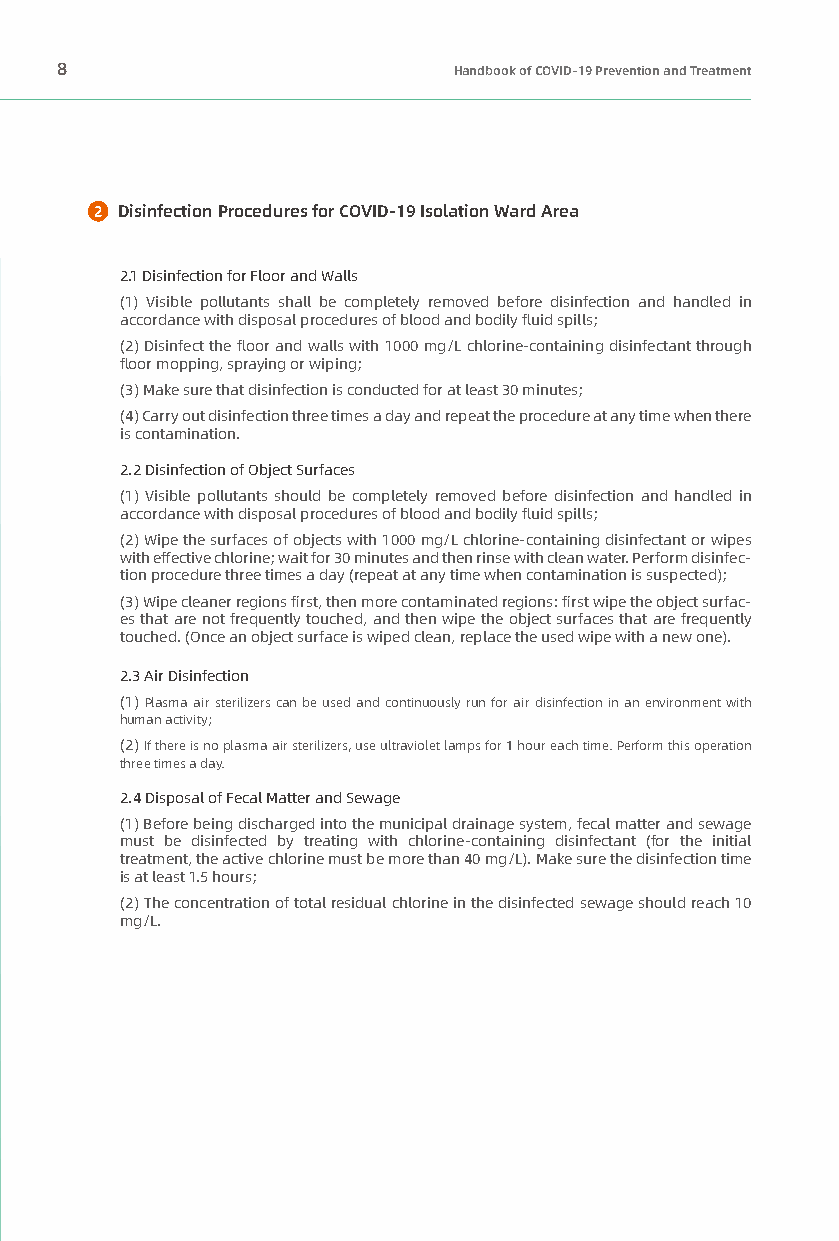
8                         Handbook of COVID-19 Prevention and Treatment
 Disinfection Procedures for COVID-19 Isolation Ward Area
 2.1 Disinfection for Floor and Walls
 (1) Visible pollutants shall be completely removed before disinfection and handled in
 accordance with disposal procedures of blood and bodily fluid spills;
 (2) Disinfect the floor and walls with 1000 mg/L chlorine-containing disinfectant through
 floor mopping, spraying or wiping;
 (3) Make sure that disinfection is conducted for at least 30 minutes;
 (4) Carry out disinfection three times a day and repeat the procedure at any time when there
 is contamination.
 2.2 Disinfection of Object Surfaces
 (1) Visible pollutants should be completely removed before disinfection and handled in
 accordance with disposal procedures of blood and bodily fluid spills;
 (2) Wipe the surfaces of objects with 1000 mg/L chlorine-containing disinfectant or wipes
 with effective chlorine; wait for 30 minutes and then rinse with clean water. Perform disinfec-
 tion procedure three times a day (repeat at any time when contamination is suspected);
 (3) Wipe cleaner regions first, then more contaminated regions: first wipe the object surfac-
 es that are not frequently touched, and then wipe the object surfaces that are frequently
 touched. (Once an object surface is wiped clean, replace the used wipe with a new one).
 2.3 Air Disinfection
 (1) Plasma air sterilizers can be used and continuously run for air disinfection in an environment with
 human activity;
 (2) If there is no plasma air sterilizers, use ultraviolet lamps for 1 hour each time. Perform this operation
 three times a day.
 2.4 Disposal of Fecal Matter and Sewage
 (1) Before being discharged into the municipal drainage system, fecal matter and sewage
 must be disinfected by treating with chlorine-containing disinfectant (for the initial
 treatment, the active chlorine must be more than 40 mg/L). Make sure the disinfection time
 is at least 1.5 hours;
 (2) The concentration of total residual chlorine in the disinfected sewage should reach 10
 mg/L.